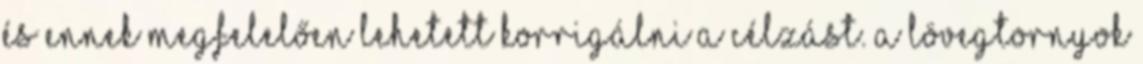
és ennek megfelelően lehetett korrigálni a célzást. A lövegtornyok